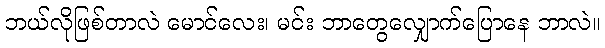
ဘယ်လိုဖြစ်တာလဲ မောင်လေး၊ မင်း ဘာတွေလျှောက်ပြောနေ ဘာလဲ။